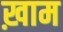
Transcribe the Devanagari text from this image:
ख़ाम